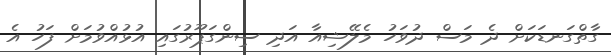
ގާތްގަނޑަކަށް ދެ މަސް ދުވަހު މެލޭޝިއާ އަދި ސިންގަޕޫރުގައި އުޅުއްވުމަށް ފަހު އެ